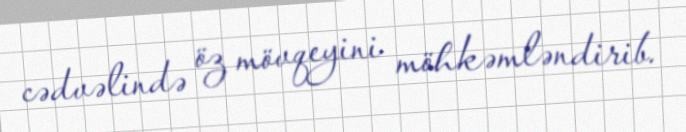
cədvəlində öz mövqeyini möhkəmləndirib.